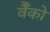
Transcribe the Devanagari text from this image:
वैँको